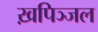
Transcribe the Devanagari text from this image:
ख़पिञ्जल